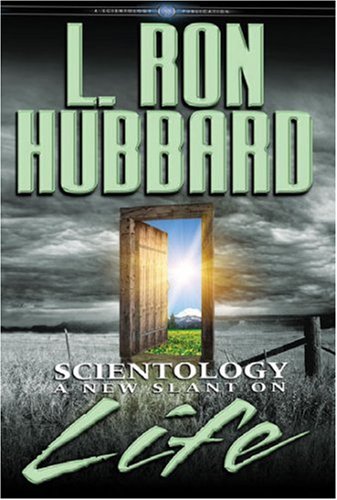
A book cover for Scientology: A New Slant on Life (English); L. Ron Hubbard; Religion & Spirituality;